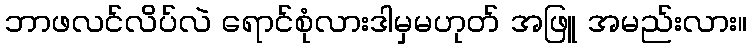
ဘာဖလင်လိပ်လဲ ရောင်စုံလားဒါမှမဟုတ် အဖြူ အမည်းလား။